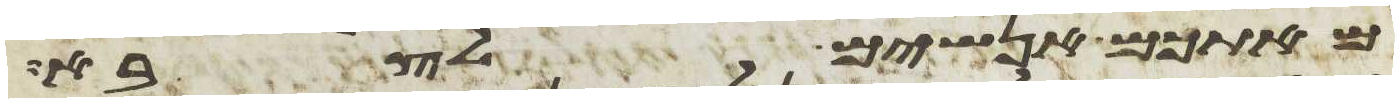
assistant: מאתכם אנשים לצבא